Annual vaccination report of Bihar and Orissa - 1911-1928
Year: 1911
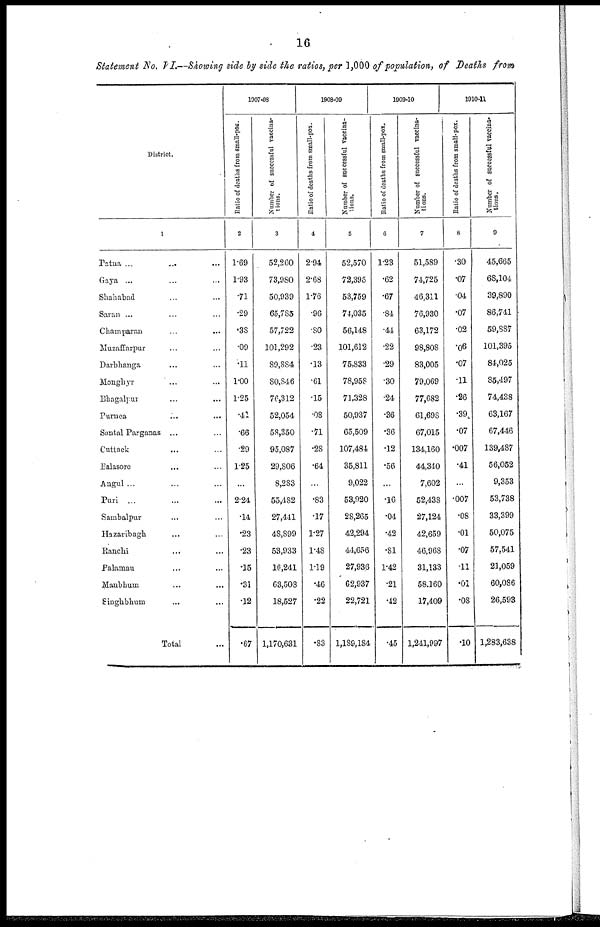
16
Statement No. VI.—Showing side by side the ratios, per 1,000 of population, of Deaths from
District.
1
Patna... ... ...
Gaya... ... ...
Shahabad... ... ...
Saran ... ... ...
Champaran... ... ...
Muzaffarpur... ... ...
Darbhanga... ...
Monghyr... ...
Bhagalpur... ...
Purnea... ...
Santal Parganas... ...
Cuttack... ...
Balasore... ...
Angul ... ... ...
Puri ... ... ...
Sambalpur... ...
Hazaribagh... ...
Ranchi... ... ...
Palamau... ...
Manbhum... ...
Singhbhum... ...
Total...
1907-08
Ratio of deaths from small-pox.
2
1.69
1.93
.71
.29
.38
.09
.11
1.00
1.25
.41
.66
.29
1.25
...
2.24
.14
.23
.23
.15
.31
.12
.67
Number of successful vaccina-
tions.
3
52,260
73,980
50,939
65,785
57,722
101,292
89,884
80,846
70,312
52,054
58,350
95,087
29,806
8,283
55,482
27,441
48,899
53,933
16,241
63,508
18,527
1,170,631
1908-09
Ratio of deaths from small-pox.
4
2.94
2.68
1.76
.96
.80
.23
.13
.61
.15
.08
.71
.28
.64
...
.83
.17
1.27
1.48
1.19
.46
.22
.83
Number of successful vaccina-
tions.
5
52,570
72,395
53,759
74,035
56,148
101,612
75,833
78,958
71,328
50,937
65,509
107,484
35,811
9,022
53,920
28,265
42,294
44,656
27,936
62,937
22,721
1,189,184
1909-10
Ratio of deaths from small-pox.
6
1.23
.62
.67
.84
.44
.22
.29
.30
.24
.36
.36
.12
.56
...
.16
.04
.42
.81
1.42
.21
.42
.45
Number of successful vaccina-
tions.
7
51,589
74,725
46,311
76,930
63,172
98,808
83,005
79,069
77,682
61,698
67,015
134,160
44,340
7,602
52,438
27,124
42,659
46,968
31,133
58,160
17,409
1,241,997
1010-11
Ratio of deaths from small-pox.
8
.30
.07
.04
.07
.02
.06
.07
.11
.26
.39
.07
.007
.41
...
.007
.08
.01
.07
.11
.01
.08
.10
Number of successful vaccina-
tions.
9
45,665
68,104
39,890
86,741
59,887
101,395
84,025
85,497
74,438
63,167
67,446
139,487
56,052
9,353
53,738
33,399
50,075
57,541
21,059
60,086
26,593
1,283,638